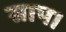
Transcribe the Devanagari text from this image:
साप।